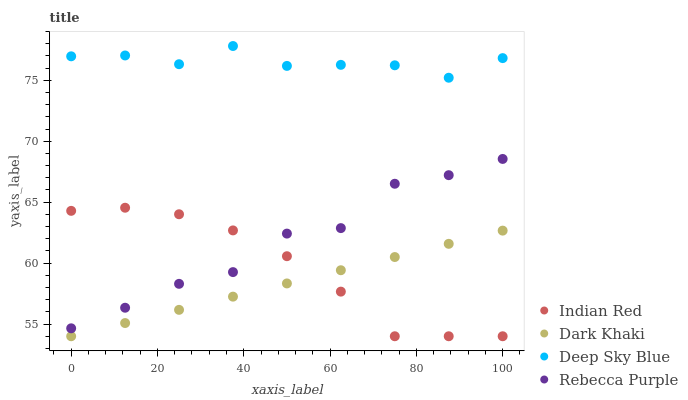
| xaxis_label | Indian Red | Dark Khaki | Deep Sky Blue | Rebecca Purple |
 | --- | --- | --- | --- | --- |
 | 0 | 64.3 | 54 | 77 | 54.7 |
 | 12.5 | 64.5 | 55.1 | 77 | 56.3 |
 | 25 | 64 | 56.2 | 76.3 | 58.3 |
 | 37.5 | 62.7 | 57.2 | 77.8 | 59.3 |
 | 50 | 60.6 | 58.3 | 76.2 | 62.4 |
 | 62.5 | 57.7 | 59.4 | 76.3 | 62.9 |
 | 75 | 54 | 60.5 | 76.2 | 66.5 |
 | 87.5 | 54 | 61.6 | 75.2 | 67.2 |
 | 100 | 54 | 62.7 | 76.8 | 68.5 |